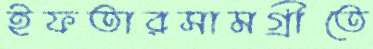
ইফতারসামগ্রীতে